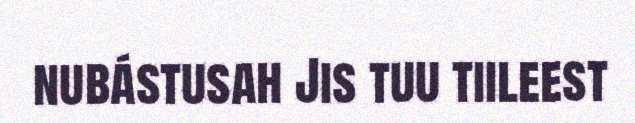
nubástusah Jis tuu tiileest